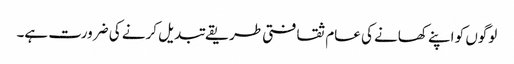
لوگوں کو اپنے کھانے کی عام ثقافتی طریقے تبدیل کرنے کی ضرورت ہے۔